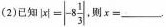
(2)已知 $$|x|=|-8 \frac{1}{3}|$$ 则$$x=___$$.